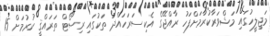
މަޖިލީހުގައި މަޝްވަރާކުރުމަށްފަހު ރާއްޖޭގެ އެކި ސަރަހައްދު ތަކުގައި ރިސޯޓް ތަރައްޤީ ކުރުމަށް 15